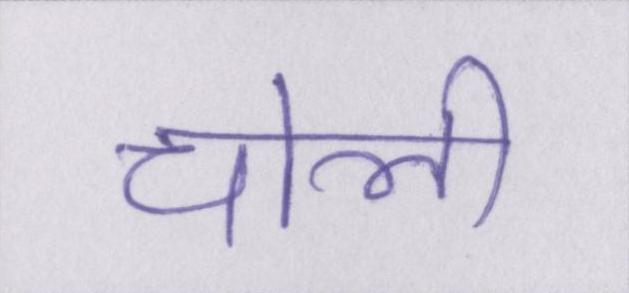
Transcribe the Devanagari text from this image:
चोली